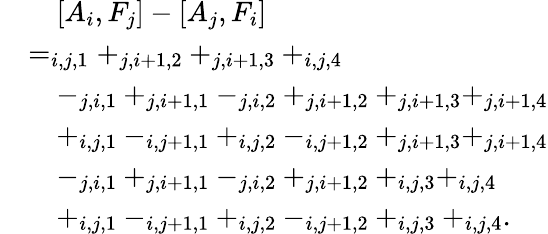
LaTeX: \begin{array}{rl}&{\quad[A_{i},F_{j}]-[A_{j},F_{i}]}\\ &{=_{i,j,1}+_{j,i+1,2}+_{j,i+1,3}+_{i,j,4}}\\ &{\quad-_{j,i,1}+_{j,i+1,1}-_{j,i,2}+_{j,i+1,2}+_{j,i+1,3}+_{j,i+1,4}}\\ &{\quad+_{i,j,1}-_{i,j+1,1}+_{i,j,2}-_{i,j+1,2}+_{j,i+1,3}+_{j,i+1,4}}\\ &{\quad-_{j,i,1}+_{j,i+1,1}-_{j,i,2}+_{j,i+1,2}+_{i,j,3}+_{i,j,4}}\\ &{\quad+_{i,j,1}-_{i,j+1,1}+_{i,j,2}-_{i,j+1,2}+_{i,j,3}+_{i,j,4}.}\end{array}